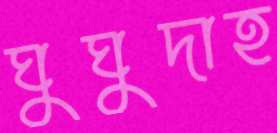
ঘুঘুদাহ